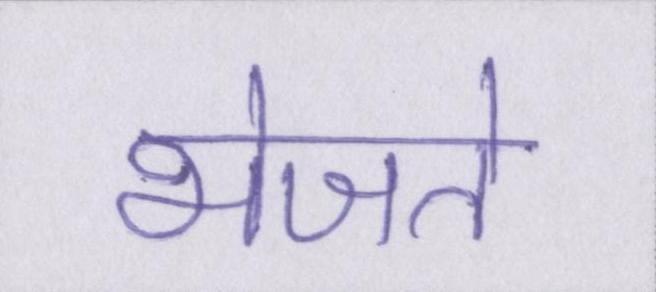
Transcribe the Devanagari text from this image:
भेजते